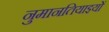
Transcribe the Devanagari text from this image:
नुमानतियाइयों